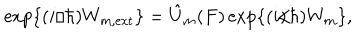
LaTeX: \mathrm { e x p } \{ ( i / \hbar ) W _ { m , \mathrm { e x t } } \} = \hat { U } _ { m } ( F ) \, \mathrm { e x p } \{ ( i / \hbar ) W _ { m } \} ,